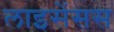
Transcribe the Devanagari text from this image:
लाइसेंसस